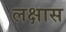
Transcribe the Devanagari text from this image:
लक्षास